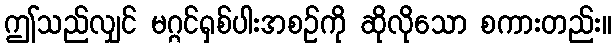
ဤသည်လျှင် မဂ္ဂင်ရှစ်ပါးအစဉ်ကို ဆိုလိုသော စကားတည်း။